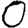
Digit: 0